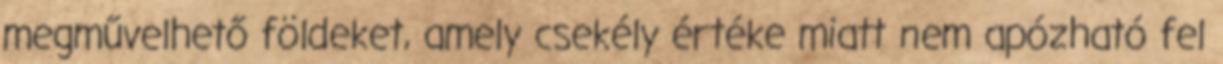
megművelhető földeket, amely csekély értéke miatt nem apózható fel